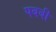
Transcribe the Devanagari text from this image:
पबबी